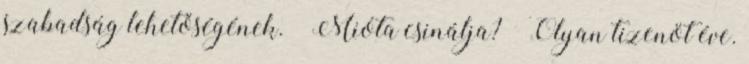
szabadság lehetőségének. – Mióta csinálja? – Olyan tizenöt éve.